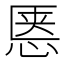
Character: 𱞝